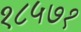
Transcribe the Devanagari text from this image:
१८५७१